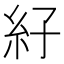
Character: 𰫙